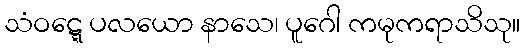
သံဝဋ္ဋေ ပလယော နာသေ၊ ပူဂေါ ကမုကရာသိသု။